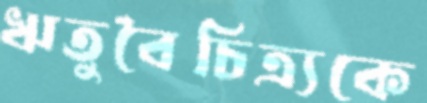
ঋতুবৈচিত্র্যকে